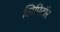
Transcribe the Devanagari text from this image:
लिपिटॉर